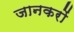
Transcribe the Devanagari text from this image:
जानकरों